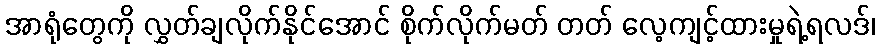
အာရုံတွေကို လွှတ်ချလိုက်နိုင်အောင် စိုက်လိုက်မတ် တတ် လေ့ကျင့်ထားမှုရဲ့ရလဒ်၊